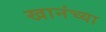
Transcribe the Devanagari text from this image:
खानंच्या